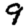
Digit: 9